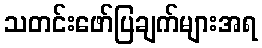
သတင်းဖော်ပြချက်များအရ